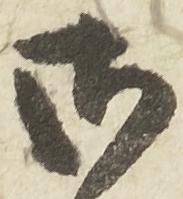
御